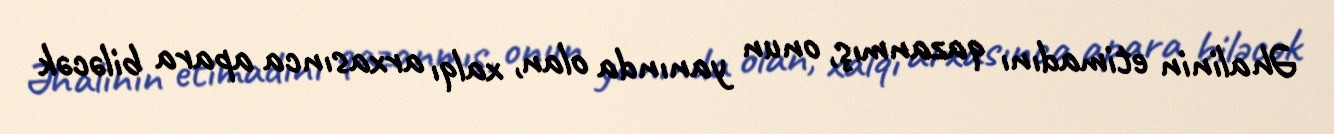
Əhalinin etimadını qazanmış, onun yanında olan, xalqı arxasınca apara biləcək